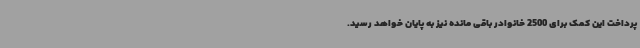
پرداخت این کمک برای 2500 خانوادر باقی مانده نیز به پایان خواهد رسید.